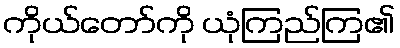
ကိုယ်တော်ကို ယုံကြည်ကြ၏